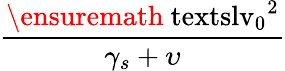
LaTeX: \displaystyle\frac{\ensuremath{\mathrm{\ textsl{v}}_{0}}^{2}}{\gamma_{s}+\upsilon}